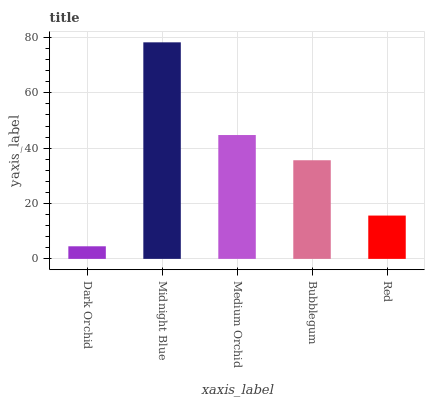
| xaxis_label | bars |
 | --- | --- |
 | Dark Orchid | 4.55 |
 | Midnight Blue | 78.2 |
 | Medium Orchid | 44.7 |
 | Bubblegum | 35.6 |
 | Red | 15.7 |